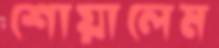
শোয়ালেম